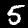
Digit: 5